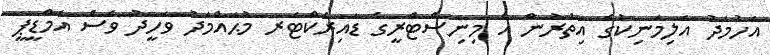
އަހުމަދު އަލިމަނިކުގެ އިތުރުން އެ މިނިސްޓްރީގެ ޑައިރެކްޓަރ މުޙައްމަދު ވަހީދު ވެސް އެމްޑީޕީ